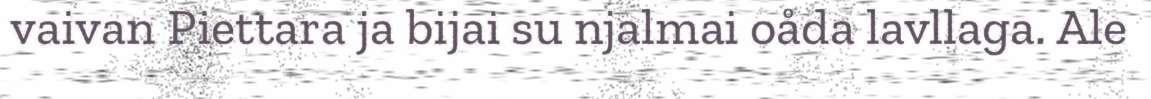
vaivan Piettara ja bijai su njalmai oåda lavllaga. Ale